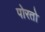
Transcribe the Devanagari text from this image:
पोरतो